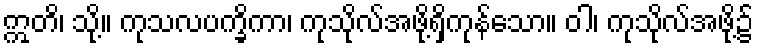
ဣတိ၊ သို့။ ကုသလပက္ခိကာ၊ ကုသိုလ်အဖို့ရှိကုန်သော။ ဝါ၊ ကုသိုလ်အဖို့၌